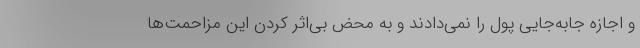
و اجازه جابه‌جایی پول را نمی‌دادند و به محض بی‌اثر کردن این مزاحمت‌ها